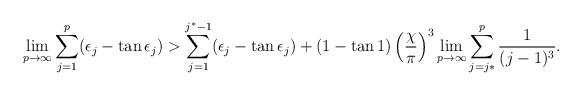
LaTeX: \begin{align*}\lim_{p\rightarrow\infty}\sum_{j=1}^p(\epsilon_j -\tan \epsilon_j) >\sum_{j=1}^{j^*-1}(\epsilon_j -\tan \epsilon_j)+ (1-\tan 1)\left(\frac{\chi}{\pi}\right)^3\lim_{p\rightarrow\infty}\sum_{j=j*}^p \frac{1}{(j-1)^3}.\end{align*}